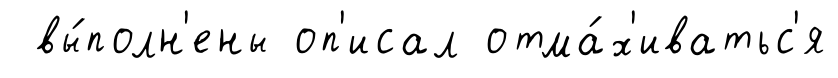
вы́полн'ены оп'исал отма́х'иватьс'я